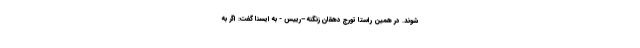
شوند. در همین راستا تورج دهقان زنگنه –رییس - به ایسنا گفت: اگر به